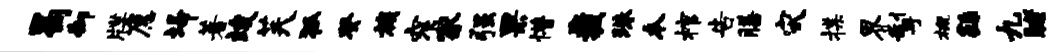
曷御牒愿埽著竣芙狐癸族窄冢强果懵裁珠本棺告膳灾揲界掣概繇九睹